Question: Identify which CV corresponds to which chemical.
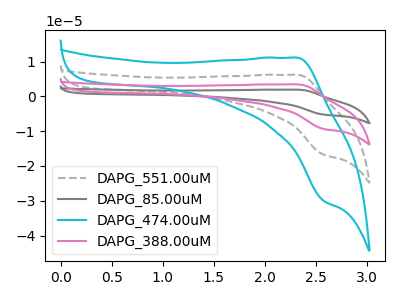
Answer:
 <answer>The gray dashed curve is labeled "DAPG_551.00uM". The gray curve is labeled "DAPG_85.00uM". The cyan curve is labeled "DAPG_474.00uM". The pink curve is labeled "DAPG_388.00uM".</answer>
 <eval></eval>